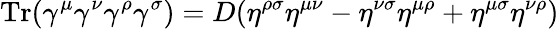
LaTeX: \mathrm{Tr}(\gamma^{\mu}\gamma^{\nu}\gamma^{\rho}\gamma^{\sigma})=D(\eta^{\rho\sigma}\eta^{\mu\nu}-\eta^{\nu\sigma}\eta^{\mu\rho}+\eta^{\mu\sigma}\eta^{\nu\rho})